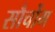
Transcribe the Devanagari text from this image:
सौचोंग